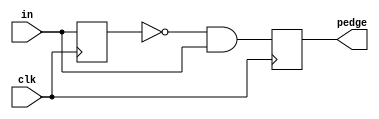
module top_module (
    input clk,
    input [7:0] in,
    output [7:0] pedge
    );

    reg [7:0]  in_dly;

    always@(posedge clk)begin
	in_dly <= in;
	pedge  <= ~in_dly & in;
    end

endmodule